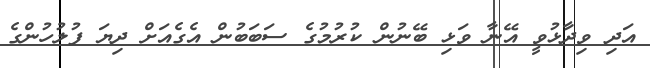
އަދި ވިދާޅުވީ އޭނާ ވަޅި ބޭނުން ކުރުމުގެ ސަބަބުން އެގެއަށް ދިޔަ ފުލުހުންގެ